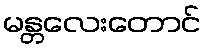
မန္တလေးတောင်